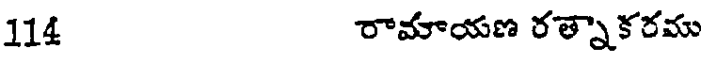
114 రామాయణ రత్నాకరము